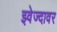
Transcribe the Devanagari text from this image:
झ्वेज्दावर